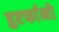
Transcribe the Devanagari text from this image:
हुएर्फानो